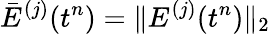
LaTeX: \bar{E}^{(j)}(t^{n})=\| E^{(j)}(t^{n})\| _{2}